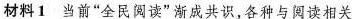
材料1 当前”全民阅读”渐成共识，各种与阅读相关